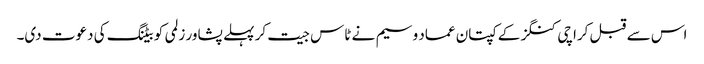
اس سے قبل کراچی کنگز کے کپتان عماد وسیم نے ٹاس جیت کر پہلے پشاور زلمی کو بیٹنگ کی دعوت دی۔